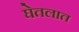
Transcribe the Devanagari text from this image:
घेतलात